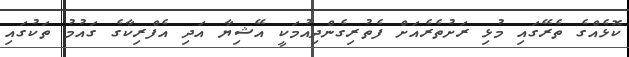
ކޮޅެއްގެ ތެރޭގައި މުޅި ރަށުތެރެއަށް ފެތުރިގެންދިއުމަކީ އޭޝިޔާ އަދި އެފްރިކާގެ ގައުމު ތަކުގައި